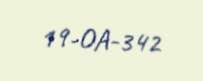
19-OA-342